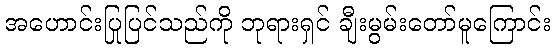
အဟောင်းပြုပြင်သည်ကို ဘုရားရှင် ချီးမွမ်းတော်မူကြောင်း